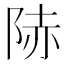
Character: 𨹮